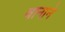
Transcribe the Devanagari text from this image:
वानाने